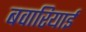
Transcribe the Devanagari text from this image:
बवारियाई